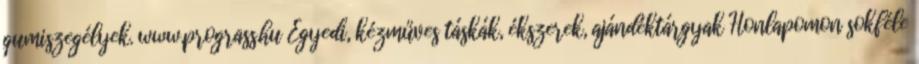
gumiszegélyek. www.prograss.hu Egyedi, kézműves táskák, ékszerek, ajándéktárgyak Honlapomon sokféle